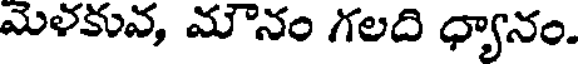
మెళకువ, మౌనం గలది ధ్యానం.